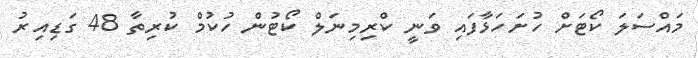
މައްސަލަ ކޯޓަށް ހުށަހަޅާފައި ވަނީ ކްރިމިނަލް ކޯޓުން ހުކުމް ކުރިތާ 48 ގަޑިއިރު